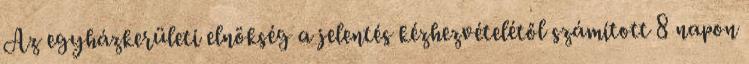
Az egyházkerületi elnökség a jelentés kézhezvételétől számított 8 napon